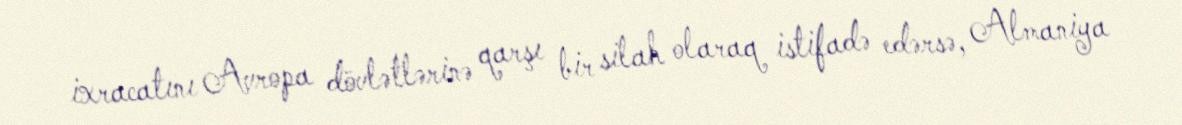
ixracatını Avropa dövlətlərinə qarşı bir silah olaraq istifadə edərsə, Almaniya